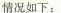
情况如下：